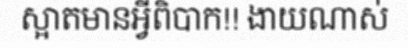
ស្អាតមានអ្វីពិបាក!! ងាយណាស់